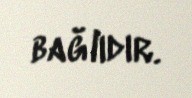
bağlıdır.